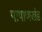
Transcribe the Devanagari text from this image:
पाषाणखंड